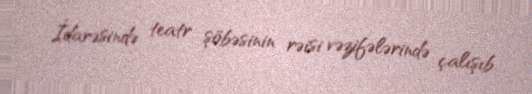
İdarəsində teatr şöbəsinin rəisi vəzifələrində çalışıb.